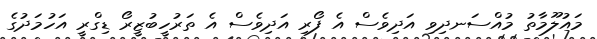
މައުލޫމާތު މުއްސަނދިވި އަދިވެސް އެ ފޯރި އަދިވެސް އެ ތަރުހީބުޒީރޯ ޑިގްރީ އަހުމަދުގެ